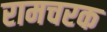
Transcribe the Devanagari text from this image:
रामचरक